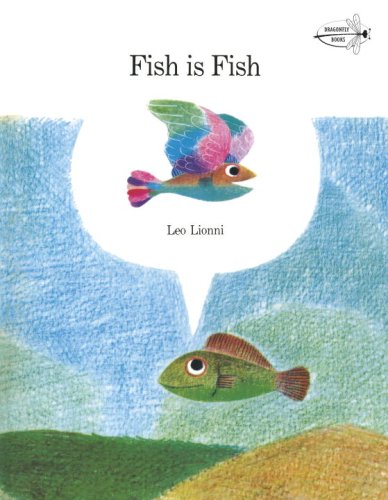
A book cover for Fish is Fish; Leo Lionni; Children's Books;